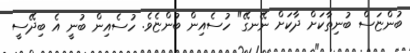
ބުންޏަސް ބުނިތާކަށް ދާކަށް ނޭނގޭ" ހުސެއިން ބުންޏެވެ. ހުސެއިން ބުނީ އެ ބިދޭސީ